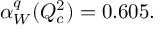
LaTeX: \alpha _ { W } ^ { q } ( Q _ { c } ^ { 2 } ) = 0 . 6 0 5 .